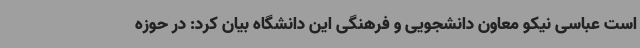
است عباسی نیکو معاون دانشجویی و فرهنگی این دانشگاه بیان کرد: در حوزه